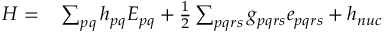
\begin{array} { r l } { H = } & { { } \sum _ { p q } h _ { p q } E _ { p q } + \frac { 1 } { 2 } \sum _ { p q r s } g _ { p q r s } e _ { p q r s } + h _ { n u c } } \end{array}